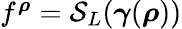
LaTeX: \begin{array}{r}{f^{\boldsymbol\rho}=\mathcal{S}_{L}({\boldsymbol\gamma}({\boldsymbol\rho}))}\end{array}